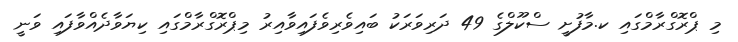
މި ޕްރޮގްރާމްގައި ކ.މާފުށީ ސްކޫލްގެ 49 ދަރިވަރަކު ބައިވެރިވެފައިވާއިރު މިޕްރޮގްރާމްގައި ކިޔަވާދެއްވާފައި ވަނީ